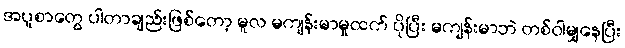
အပူစာတွေ ပါတာချည်းဖြစ်တော့ မူလ မကျန်းမာမှုထက် ပိုပြီး မကျန်းမာဘဲ တစ်ဝါမျှနေပြီး